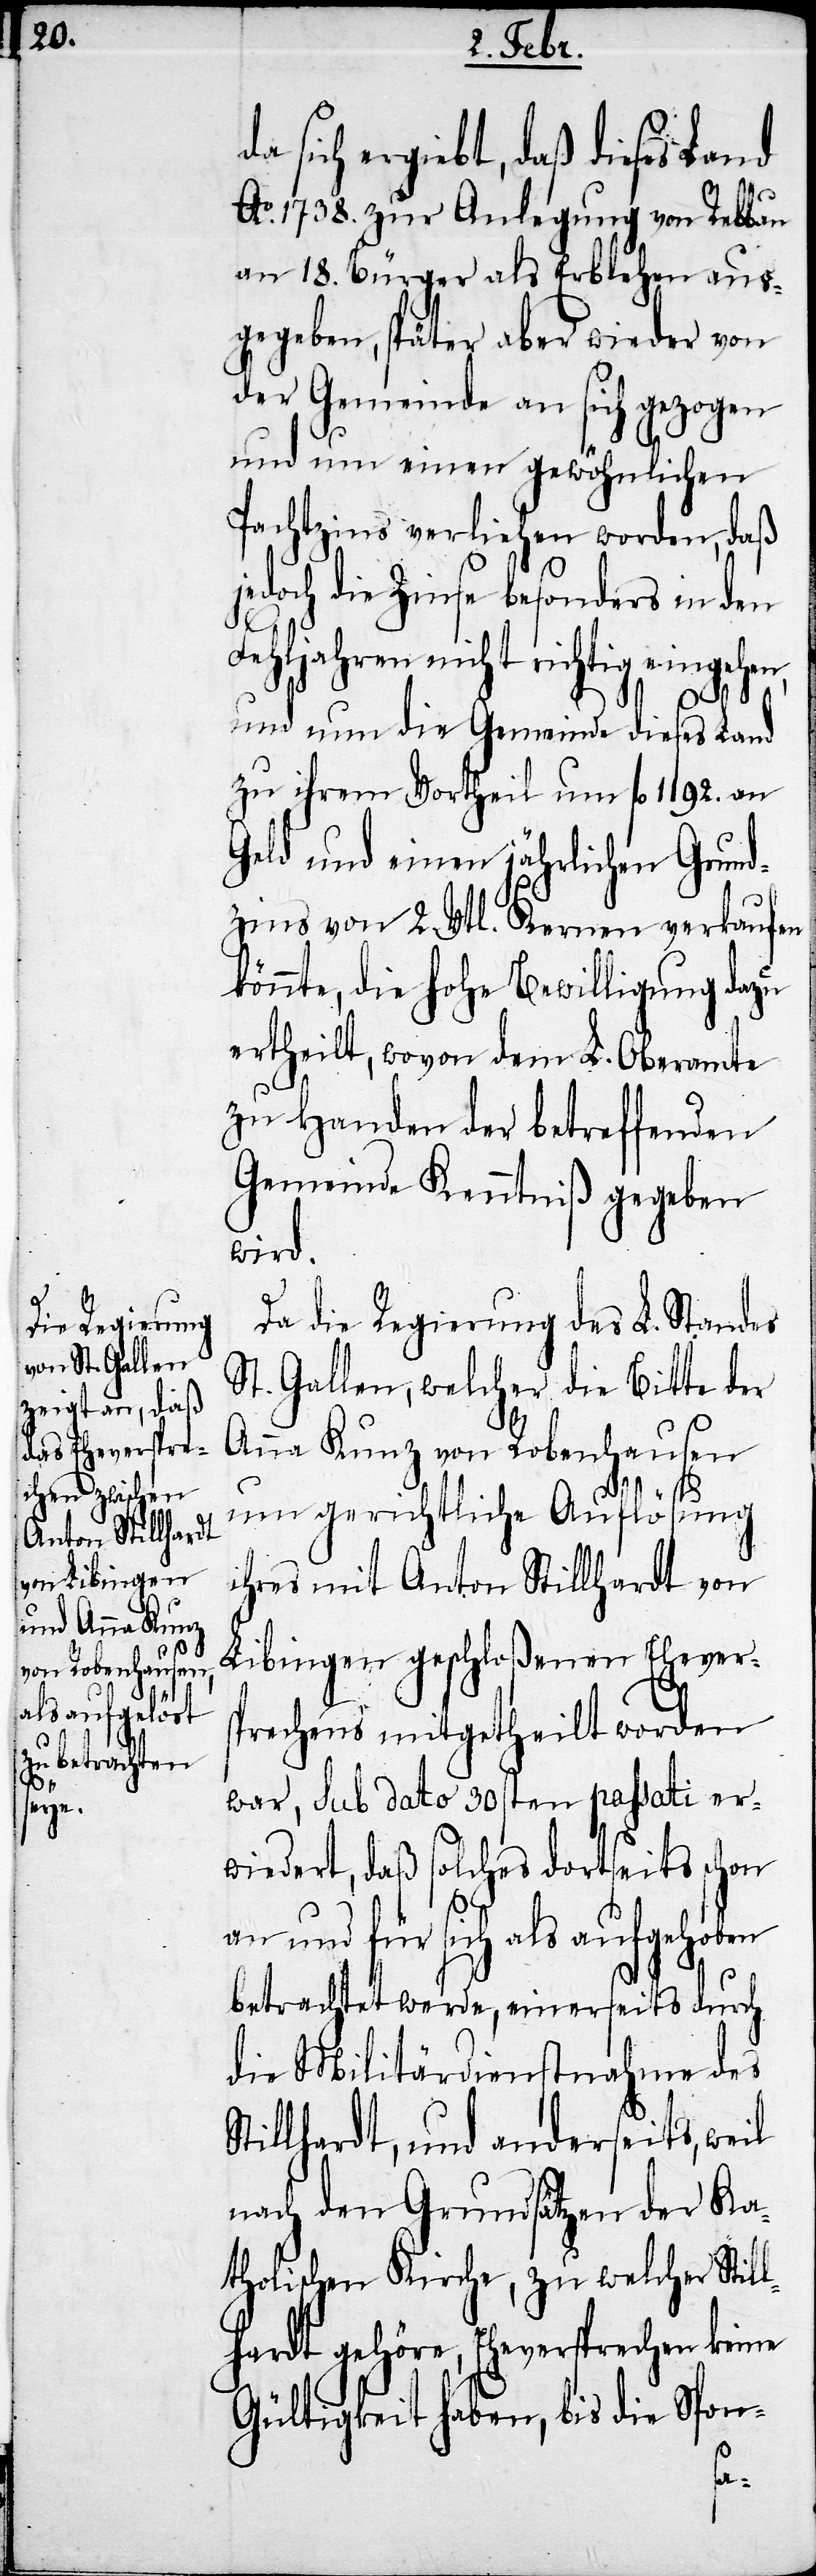
sich ergiebt, daß dieses Land
Ao. 1738. zur Anlegung von Rebben
an 18. Bürger als Erblehen aus¬
gegeben, später aber wieder von
der Gemeinde an sich gezogen
und um einen gewöhnlichen
Pachtzins verliehen worden, daß
jedoch die Zinse besonders in den
Fehljahren nicht richtig eingehen,
und nun die Gemeinde dieses Land
zu ihrem Vortheil um fl. 1182. an
Geld und einen jährlichen Grund¬
zins von 2. Vtl. Kernen verkaufen
könnte, die hohe Bewilligung dazu
ertheilt, wovon dem L. Oberamte
zu Handen der betreffenden
Gemeinde Kenntniß gegeben
wird.
Da die Regierung des L. Standes
St. Gallen, welcher die Bitte der
Anna Kunz von Robenhausen
um gerichtliche Auflösung
ihres mit Anton Stillhardt von
Libingen geschloßenen Ehevers¬
prechens mitgetheilt worden
war, sub dato 30sten passati er¬
wiedert, daß solches dortseits schon
und für sich als aufgehoben
betrachtet werde, einerseits durch
die Militärdienstnahme des
Stillhardt, und anderseits, weil
nach den Grundsätzen der Ka¬
tholischen Kirche, zu welcher Stil¬
lhardt gehöre, Eheversprechen keine
Gültigkeit haben, bis die Spon-